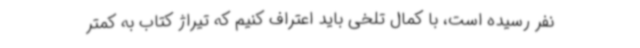
نفر رسیده است، با کمال تلخی باید اعتراف کنیم که تیراژ کتاب به کمتر